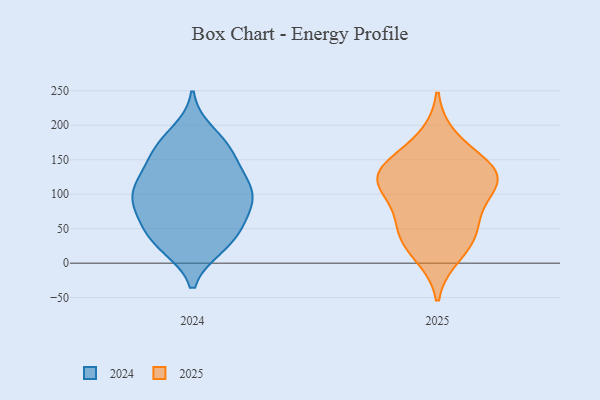
{"axis": {"x": "Active Users", "y": "Value"}, "legend": ["2024", "2025"], "data": [{"x": "", "y": 189, "type": "2024"}, {"x": "", "y": 60, "type": "2024"}, {"x": "", "y": 28, "type": "2024"}, {"x": "", "y": 168, "type": "2024"}, {"x": "", "y": 95, "type": "2024"}, {"x": "", "y": 102, "type": "2024"}, {"x": "", "y": 115, "type": "2024"}, {"x": "", "y": 152, "type": "2024"}, {"x": "", "y": 77, "type": "2024"}, {"x": "", "y": 134, "type": "2024"}, {"x": "", "y": 110, "type": "2024"}, {"x": "", "y": 94, "type": "2024"}, {"x": "", "y": 156, "type": "2024"}, {"x": "", "y": 79, "type": "2024"}, {"x": "", "y": 53, "type": "2024"}, {"x": "", "y": 110, "type": "2024"}, {"x": "", "y": 25, "type": "2024"}, {"x": "", "y": 174, "type": "2024"}, {"x": "", "y": 43, "type": "2024"}, {"x": "", "y": 24, "type": "2024"}, {"x": "", "y": 56, "type": "2025"}, {"x": "", "y": 12, "type": "2025"}, {"x": "", "y": 123, "type": "2025"}, {"x": "", "y": 111, "type": "2025"}, {"x": "", "y": 117, "type": "2025"}, {"x": "", "y": 131, "type": "2025"}, {"x": "", "y": 33, "type": "2025"}, {"x": "", "y": 139, "type": "2025"}, {"x": "", "y": 181, "type": "2025"}, {"x": "", "y": 85, "type": "2025"}, {"x": "", "y": 45, "type": "2025"}, {"x": "", "y": 139, "type": "2025"}]}